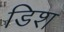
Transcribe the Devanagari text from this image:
डिश